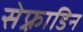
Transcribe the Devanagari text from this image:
सेफ़्राडिन